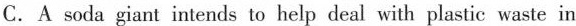
C.A soda giant intends to help deal with plastic waste in